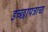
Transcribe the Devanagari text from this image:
इच्छापत्राचा